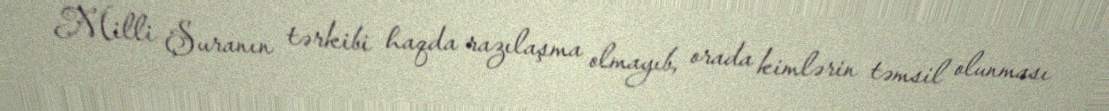
Milli Şuranın tərkibi haqda razılaşma olmayıb, orada kimlərin təmsil olunması